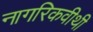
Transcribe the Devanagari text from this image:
नागरिकवीथी